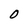
Character: O